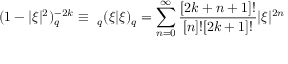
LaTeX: ( 1 - | \xi | ^ { 2 } ) _ { q } ^ { - 2 k } \equiv \ _ { q } ( \xi | \xi ) _ { q } = \sum _ { n = 0 } ^ { \infty } \frac { [ 2 k + n + 1 ] ! } { [ n ] ! [ 2 k + 1 ] ! } | \xi | ^ { 2 n }